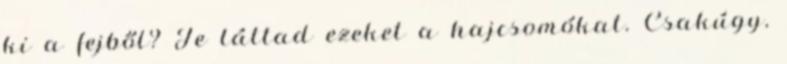
ki a fejből? Te láttad ezeket a hajcsomókat. Csakúgy,